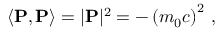
\left\langle \mathbf { P } , \mathbf { P } \right\rangle = | \mathbf { P } | ^ { 2 } = - \left( m _ { 0 } c \right) ^ { 2 } \, ,